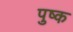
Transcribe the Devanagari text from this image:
पुष्क